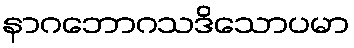
နာဂဘောဂသဒိသောပမာ